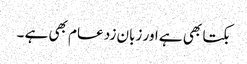
بکتا بھی ہے اور زبان زد عام بھی ہے ۔